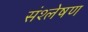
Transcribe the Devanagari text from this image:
संश्‍लेषण